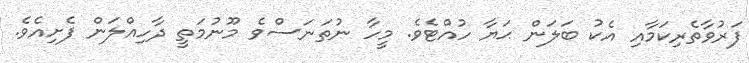
ފަރުވާތެރިކަމާއި އެކު ބަލަން ޙަޔާ ހުއްޓެވެ. މީހާ ނުތަނަަސްވެ މޫނުމަތީ ދާހިއްލަން ފެށިއެވެ.